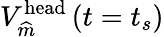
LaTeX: V_{\widehat{m}}^{\textrm{head}}\left(t=t_{s}\right)